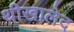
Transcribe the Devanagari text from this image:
थीखालेद